Lunatic asylums Punjab 1895-1910 - 1895-1910
Year: 1895
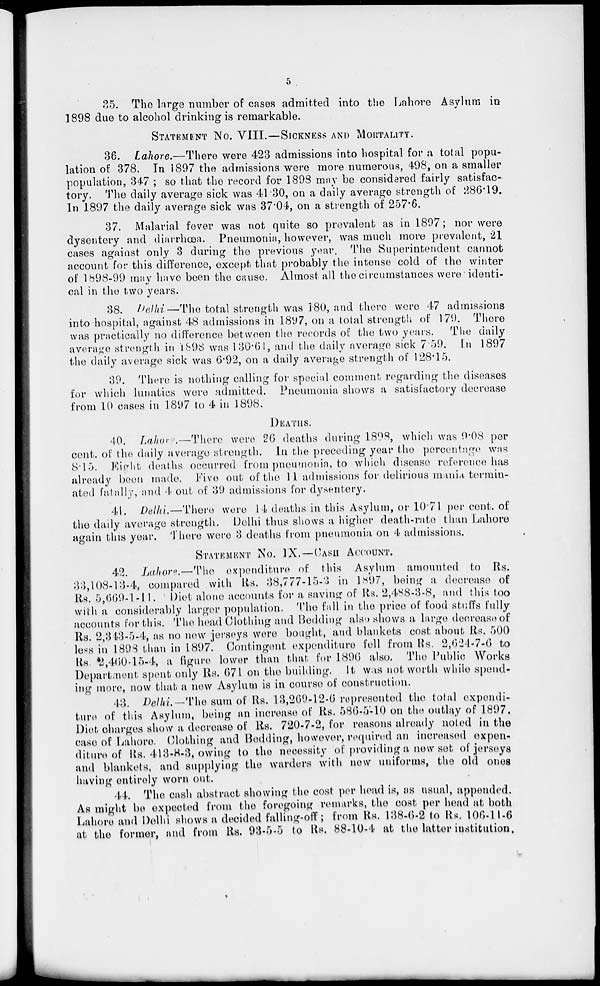
5
35. The large number of cases admitted into the Lahore Asylum in
1898 due to alcohol drinking is remarkable.
STATEMENT NO. VIII.—SICKNESS AND MORTALITY.
36. Lahore.—There were 423 admissions into hospital for a total popu-
lation of 378. In 1897 the admissions were more numerous, 498, on a smaller
population, 347 ; so that the record for 1898 may be considered fairly satisfac-
tory. The daily average sick was 41.30, on a daily average strength of 286.19.
In 1897 the daily average sick was 37.04, on a strength of 257.6.
37. Malarial fever was not quite so prevalent as in 1897; nor were
dysentery and diarrhœa. Pneumonia, however, was much more prevalent, 21
cases against only 3 during the previous year. The Superintendent cannot
account for this difference, except that probably the intense cold of the winter
of 1898-99 may have been the cause. Almost all the circumstances were identi-
cal in the two years.
38. Delhi—The total strength was 180, and there were 47 admissions
into hospital, against 48 admissions in 1897, on a total strength of 179. There
was practically no difference between the records of the two years. The daily
average strength in 1898 was 130.61, and the daily average sick 7.59. In 1897
the daily average sick was 6.92, on a daily average strength of 128.15.
39. There is nothing calling for special comment regarding the diseases
for which lunatics were admitted. Pneumonia shows a satisfactory decrease
from 10 cases in 1897 to 4 in 1898.
DEATHS.
40. Lahore.—There were 26 deaths during 1898, which was 9.08 per
cent, of the daily average strength. In the preceding year the percentage was
8.15. Eight deaths occurred from pneumonia, to which disease reference has
already been made. Five out of the 11 admissions for delirious mania termin-
ated fatally, and 4 out of 39 admissions for dysentery.
41. Delhi.—There were 14 deaths in this Asylum, or 10.71 per cent, of
the daily average strength. Delhi thus shows a higher death-rate than Lahore
again this year. There were 3 deaths from pneumonia on 4 admissions.
STATEMENT NO. IX.—CASH ACCOUNT.
42. Lahore.—The expenditure of this Asylum amounted to Rs.
33,108-13-4, compared with Rs. 38,777-15-3 in 1897, being a decrease of
Rs. 5,669-1-11. Diet alone accounts for a saving of Rs. 2,488-3-8, and this too
with a considerably larger population. The fall in the price of food stuffs fully
accounts for this. The head Clothing and Bedding also shows a large decrease of
Rs. 2,343-5-4, as no new jerseys were bought, and blankets cost about Rs. 500
less in 1898 than in 1897. Contingent expenditure fell from Rs. 2,624-7-6 to
Rs. 2,460-15-4, a figure lower than that for 1896 also. The Public Works
Department spent only Rs. 671 on the building. It was not worth while spend-
ing more, now that a new Asylum is in course of construction.
43. Delhi.— The sum of Rs. 13,269-12-6 represented the total expendi-
ture of this Asylum, being an increase of Rs. 586-5-10 on the outlay of 1897.
Diet charges show a decrease of Rs. 720-7-2, for reasons already noted in the
case of Lahore. Clothing and Bedding, however, required an increased expen-
diture of Rs. 413-8-3, owing to the necessity of providing a new set of jerseys
and blankets, and supplying the warders with new uniforms, the old ones
having entirely worn out.
44. The cash abstract showing the cost per head is, as usual, appended.
As might be expected from the foregoing remarks, the cost per head at both
Lahore and Delhi shows a decided falling-off ; from Rs. 138-6-2 to Rs. 106-11-6
at the former, and from Rs. 93-5-5 to Rs. 88-10-4 at the latter institution.